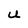
Character: U